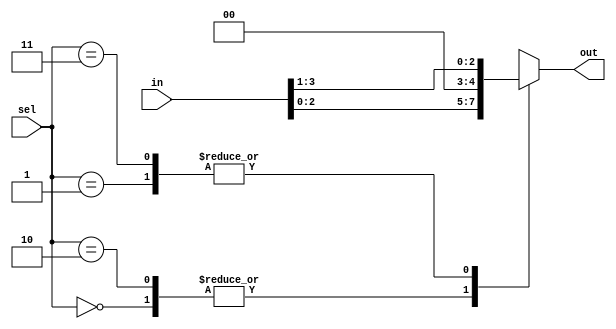
module Shift_Operators(
input [3:0] in ,
input [1:0] sel, 
output reg [3:0] out);
wire [3:0]in;
wire [1:0]sel;

always @ ( in or sel) begin 
    case (sel)
        2'b00 : out = in << 1; //Performs Logical left shift
        2'b01 : out = in >> 1; //Performs Logical right shift
        2'b10 : out = in <<< 1; //Performs Arithmetic left shift
        2'b11 : out = in >>> 1; //Performs Arithmetic right shift
        default : out = 4'b0000;
    endcase
end

endmodule